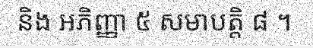
និង អភិញ្ញា ៥ សមាបត្តិ ៨ ។